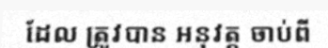
ដែល ត្រូវបាន អនុវត្ត ចាប់ពី